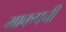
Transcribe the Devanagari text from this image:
माकपची